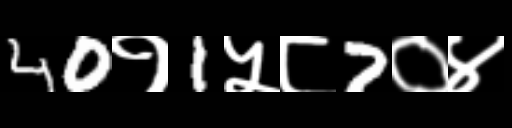
Text: 40१1५८7०४